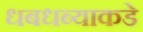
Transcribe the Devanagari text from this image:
धबधब्याकडे